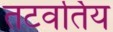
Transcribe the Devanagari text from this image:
तटवर्तिय